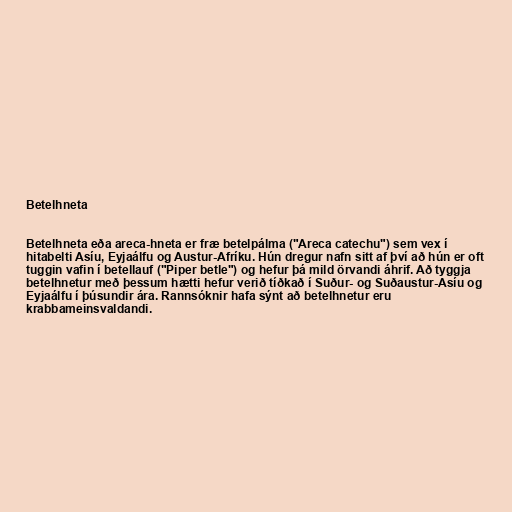
Betelhneta

Betelhneta eða areca-hneta er fræ betelpálma ("Areca catechu") sem vex í
hitabelti Asíu, Eyjaálfu og Austur-Afríku. Hún dregur nafn sitt af því að hún er oft
tuggin vafin í betellauf ("Piper betle") og hefur þá mild örvandi áhrif. Að tyggja
betelhnetur með þessum hætti hefur verið tíðkað í Suður- og Suðaustur-Asíu og
Eyjaálfu í þúsundir ára. Rannsóknir hafa sýnt að betelhnetur eru
krabbameinsvaldandi.